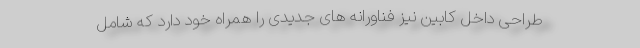
طراحی داخل کابین نیز فناورانه های جدیدی را همراه خود دارد که شامل